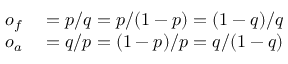
\begin{array} { r l } { o _ { f } } & { { } = p / q = p / ( 1 - p ) = ( 1 - q ) / q } \\ { o _ { a } } & { { } = q / p = ( 1 - p ) / p = q / ( 1 - q ) } \end{array}